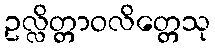
ဥလ္လိတ္တာဝလိတ္တေသု